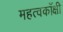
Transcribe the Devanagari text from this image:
महत्वकाँक्षी